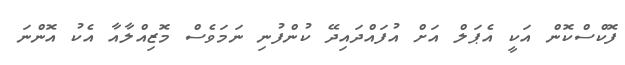
ފޮކްސްކޮން އަކީ އެޕަލް އަށް އުފައްދައިދޭ ކުންފުނި ނަމަވެސް މޮޒިއްލާއާ އެކު އޮންނަ